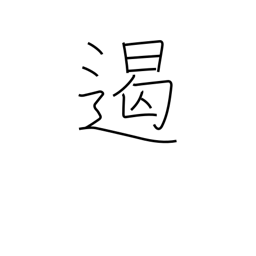
Meaning: suppress